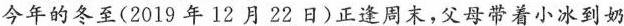
今年的冬至(2019年12月22日)正逢周末，父母带着小冰到奶